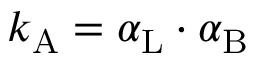
k _ { \mathrm { { A } } } = \alpha _ { \mathrm { { L } } } \cdot \alpha _ { \mathrm { { B } } }